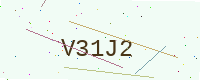
Text: V31J2